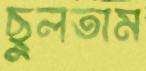
ছুলতাম